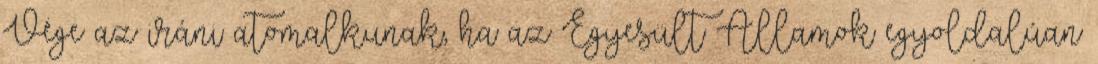
Vége az iráni atomalkunak, ha az Egyesült Államok egyoldalúan